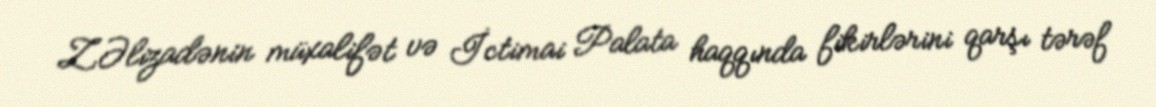
Z.Əlizadənin müxalifət və İctimai Palata haqqında fikirlərini qarşı tərəf